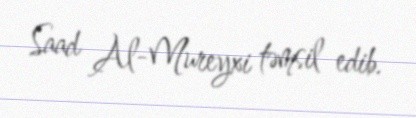
Saad Al-Mureyxi təmsil edib.